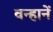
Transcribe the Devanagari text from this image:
वन्हानें